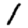
Digit: 1